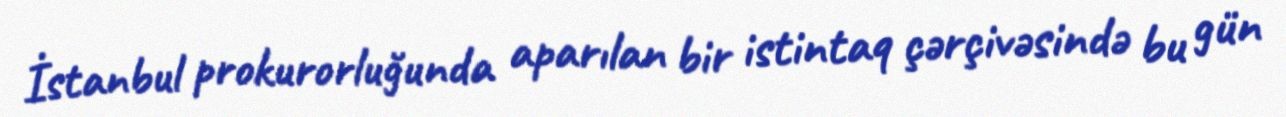
İstanbul prokurorluğunda aparılan bir istintaq çərçivəsində bu gün